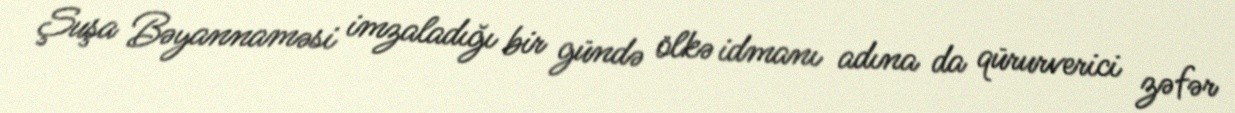
Şuşa Bəyannaməsi imzaladığı bir gündə ölkə idmanı adına da qürurverici zəfər